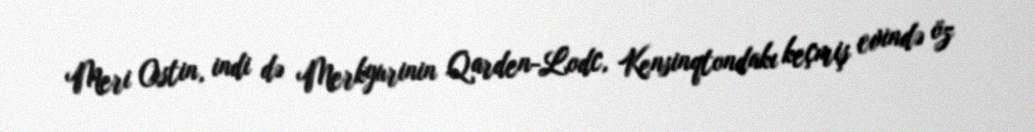
Meri Ostin, indi də Merkyurinin Qarden-Lodc, Kensinqtondakı keçmiş evində öz